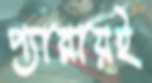
প্যারায়ই